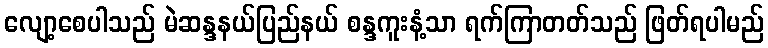
လျော့စေပါသည် မဲဆန္ဒနယ်ပြည်နယ် စန္ဒကူးနံ့သာ ရက်ကြာတတ်သည် ဖြတ်ရပါမည်